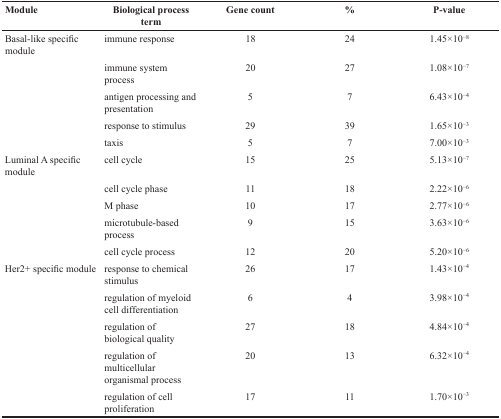
<table><thead><tr><td><b>Module</b></td><td><b>Biological process term</b></td><td><b>Gene count</b></td><td><b>%</b></td><td><b>P-value</b></td></tr></thead><tbody><tr><td rowspan="5">Basal-like specific module</td><td>immune response</td><td>18</td><td>24</td><td>1.45×10<sup>−8</sup></td></tr><tr><td>immune system process</td><td>20</td><td>27</td><td>1.08×10<sup>−7</sup></td></tr><tr><td>antigen processing and presentation</td><td>5</td><td>7</td><td>6.43×10<sup>−4</sup></td></tr><tr><td>response to stimulus</td><td>29</td><td>39</td><td>1.65×10<sup>−3</sup></td></tr><tr><td>taxis</td><td>5</td><td>7</td><td>7.00×10<sup>−3</sup></td></tr><tr><td rowspan="5">Luminal A specific module</td><td>cell cycle</td><td>15</td><td>25</td><td>5.13×10<sup>−7</sup></td></tr><tr><td>cell cycle phase</td><td>11</td><td>18</td><td>2.22×10<sup>−6</sup></td></tr><tr><td>M phase</td><td>10</td><td>17</td><td>2.77×10<sup>−6</sup></td></tr><tr><td>microtubule-based process</td><td>9</td><td>15</td><td>3.63×10<sup>−6</sup></td></tr><tr><td>cell cycle process</td><td>12</td><td>20</td><td>5.20×10<sup>−6</sup></td></tr><tr><td rowspan="5">Luminal B specific module</td><td>response to chemical stimulus</td><td>26</td><td>17</td><td>1.43×10<sup>−4</sup></td></tr><tr><td>regulation of myeloid cell differentiation</td><td>6</td><td>4</td><td>3.98×10<sup>−4</sup></td></tr><tr><td>regulation of biological quality</td><td>27</td><td>18</td><td>4.84×10<sup>−4</sup></td></tr><tr><td>regulation of multicellular organismal process</td><td>20</td><td>13</td><td>6.32×10<sup>−4</sup></td></tr><tr><td>regulation of cell proliferation</td><td>17</td><td>11</td><td>1.70×10<sup>−3</sup></td></tr></tbody></table>